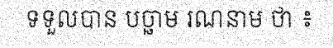
ទទួលបាន បច្ឆាម រណនាម ថា ៖